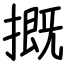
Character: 摡